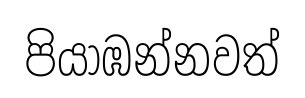
පියාඹන්නවත්